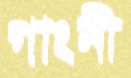
গাংনী